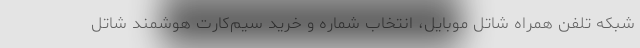
شبکه تلفن همراه شاتل موبایل، انتخاب شماره و خرید سیم‌کارت هوشمند شاتل